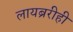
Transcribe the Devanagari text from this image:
लायब्ररीही